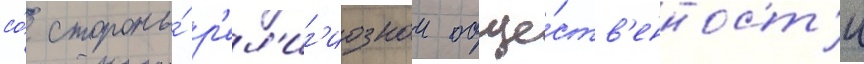
со́ стороны́ р'ел'иг'иознои обще́ств'енност'и